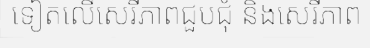
ទៀតលើសេរីភាពជួបជុំ និងសេរីភាព